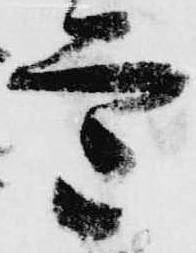
意